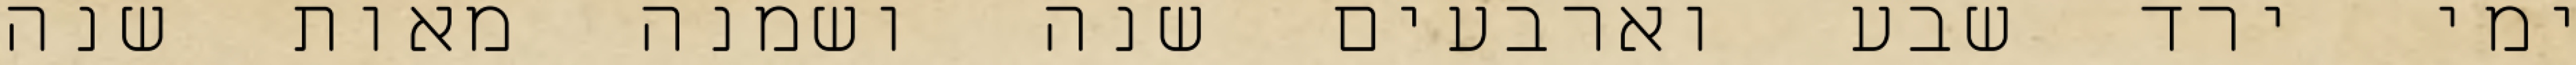
ימי ירד שבע וארבעים שנה ושמנה מאות שנה